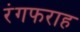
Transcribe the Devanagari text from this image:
रंगफराह